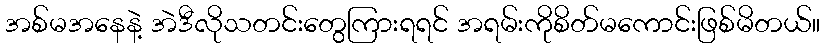
အစ်မအနေနဲ့ အဲဒီလိုသတင်းတွေကြားရရင် အရမ်းကိုစိတ်မကောင်းဖြစ်မိတယ်။